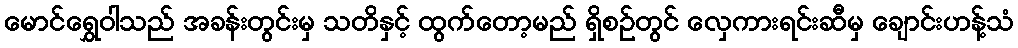
မောင်ရွှေဝါသည် အခန်းတွင်းမှ သတိနှင့် ထွက်တော့မည် ရှိစဉ်တွင် လှေကားရင်းဆီမှ ချောင်းဟန့်သံ